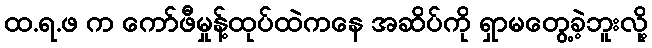
ထ.ရ.ဖ က ကော်ဖီမှုန့်ထုပ်ထဲကနေ အဆိပ်ကို ရှာမတွေ့ခဲ့ဘူးလို့